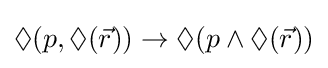
\Diamond (p,\Diamond ({\vec {r}}))\rightarrow \Diamond (p\wedge \Diamond ({\vec {r}}))